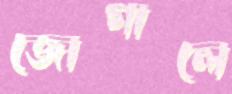
জোগালে